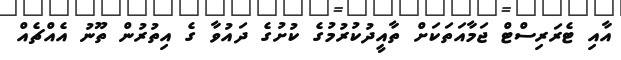
އާއި ޓެރަރިސްޓް ޖަމާއަތަކަށް ތާއީދުކުރުމުގެ ކުށުގެ ދައުވާ ގެ އިތުރުން ތޫނު އެއްޗެއް